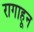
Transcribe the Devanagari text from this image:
रागाहून